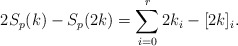
\begin{align*}2S_p(k)-S_p(2k) = \sum_{i=0}^r 2k_i-[2k]_i.\end{align*}